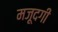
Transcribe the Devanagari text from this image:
मजूदगी